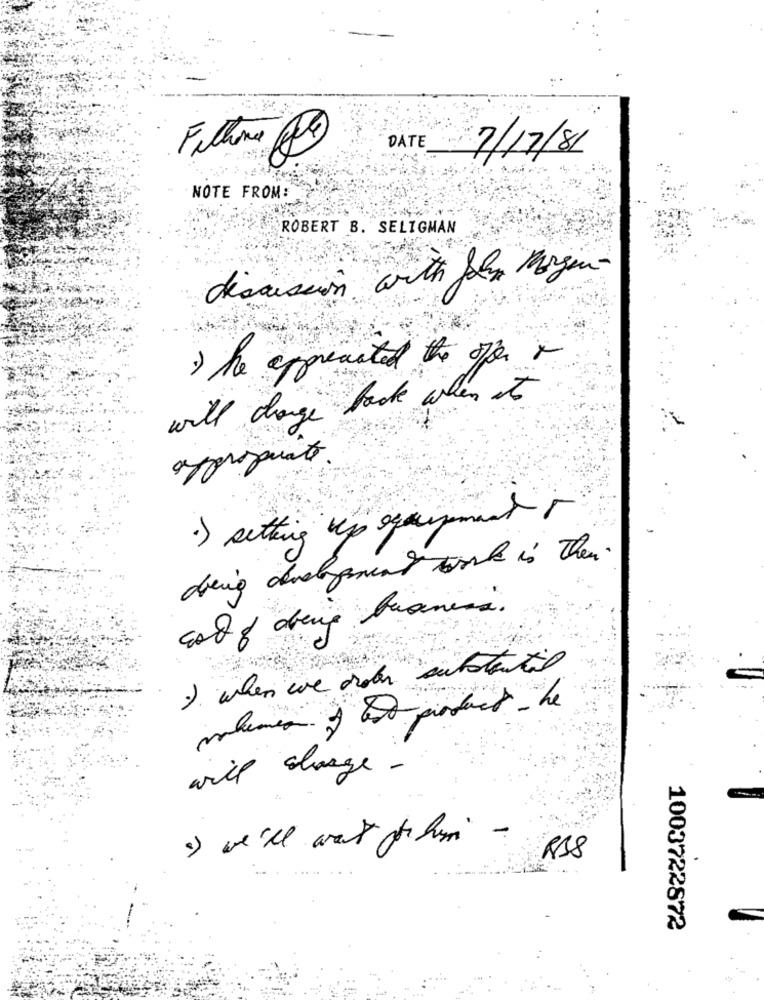
S
DATE
Filhone
7/17/81
NOTE FROM:
ROBERT B. SELIGMAN
discussion with John Morgen-
) he appreciated the open +
will change back when it
sondadho
.) setting up equipment r
dring development work is then.
God of dene braness.
) when we doen substantial
will charge -
1) we'll wat forhim -
RSS
1003722872